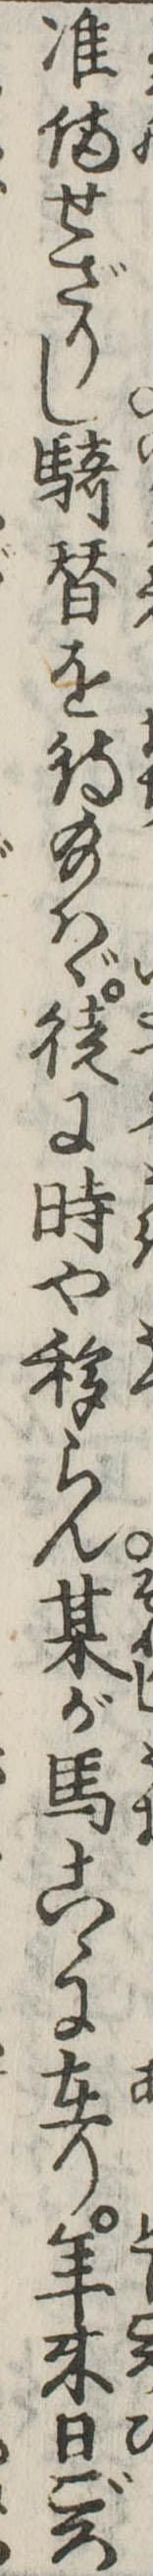
准備せざりし騎替を待給はゞ徒に時や移らん某が馬こゝに在り年来日ごろ